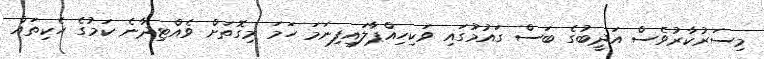
މިސަރުކާރުވެސް އަދީބުގެ ބަސް ގައުމުގައި ވަކިހިއްޕާލައިފިނަމަ ހަމަ މިގޮތަށް ވެއްޓިދާނެ ކަމުގެ ހެކިތައް